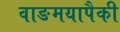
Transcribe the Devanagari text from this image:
वाङमयापैकी